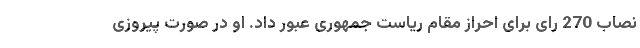
نصاب 270 رای برای احراز مقام ریاست جمهوری عبور داد. او در صورت پیروزی